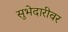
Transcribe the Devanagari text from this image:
सुभेदारीवर